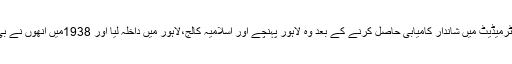
انٹرمیڈیٹ میں شاندار کامیابی حاصل کرنے کے بعد وہ لاہور پہنچے اور اسلامیہ کالج،لاہور میں داخلہ لیا اور 1938میں انھوں نے بی۔